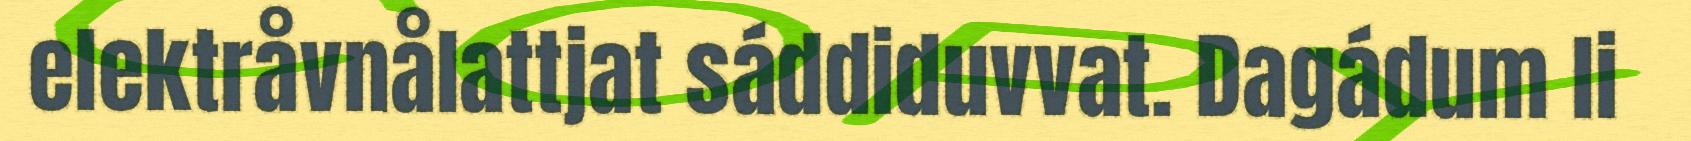
elektråvnålattjat sáddiduvvat. Dagádum li